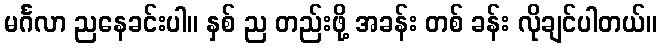
မင်္ဂလာ ညနေခင်းပါ။ နှစ် ည တည်းဖို့ အခန်း တစ် ခန်း လိုချင်ပါတယ်။